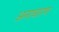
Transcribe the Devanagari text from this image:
अनावारण